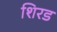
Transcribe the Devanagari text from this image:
शिरड